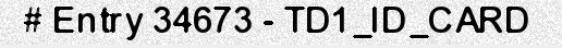
# Entry 34673 - TD1_ID_CARD